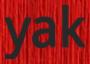
yak